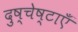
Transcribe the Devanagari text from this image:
दुष्चेष्टाएँ